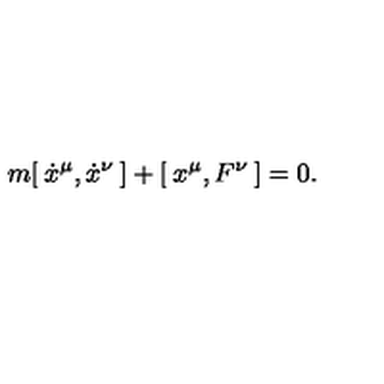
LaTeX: m [ \: \dot { x } ^ { \mu } , \dot { x } ^ { \nu } \: ] + [ \: x ^ { \mu } , F ^ { \nu } \: ] = 0 .